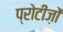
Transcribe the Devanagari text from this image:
प्रोटीज़ों